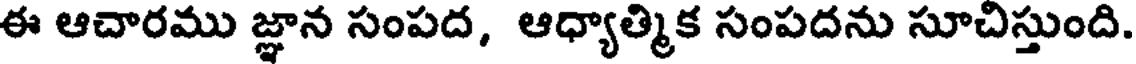
ఈ ఆచారము జ్ఞాన సంపద, ఆధ్యాత్మిక సంపదను సూచిస్తుంది.